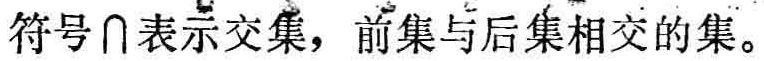
符号$\cap$表示交集，前集与后集相交的集。